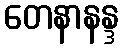
တေနာနန္ဒ